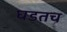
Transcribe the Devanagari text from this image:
घडतच